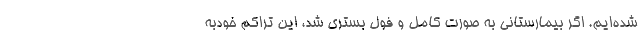
شده‌ایم. اگر بیمارستانی به صورت کامل و فول بستری شد، این تراکم خودبه